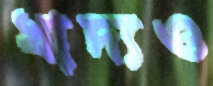
খাদ্যও